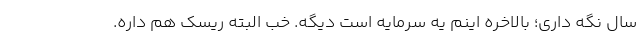
سال نگه داری؛ بالاخره اینم یه سرمایه است دیگه. خب البته ریسک هم داره.